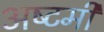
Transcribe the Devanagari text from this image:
अष्‍टमी